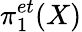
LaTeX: \pi_{1}^{et}(X)